Malaria in the Punjab - Number 46
Disease focus: Malaria
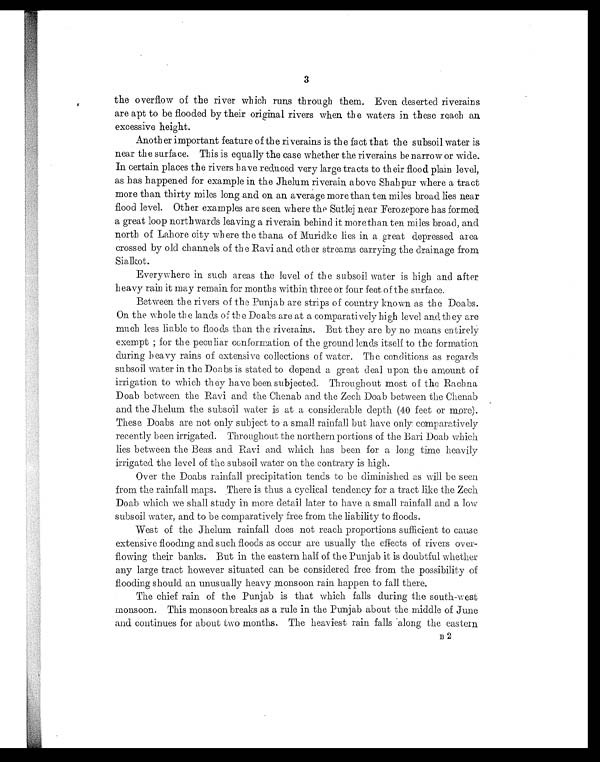
3
the overflow of the river which runs through them. Even deserted riverains
are apt to be flooded by their original rivers when the waters in these reach an
excessive height.
Another important feature of the riverains is the fact that the subsoil water is
near the surface. This is equally the case whether the riverains be narrow or wide.
In certain places the rivers have reduced very large tracts to their flood plain level,
as has happened for example in the Jhelum riverain above Shahpur where a tract
more than thirty miles long and on an average more than ten miles broad lies near
flood level. Other examples are seen where the Sutlej near Ferozepore has formed
a great loop northwards leaving a riverain behind it more than ten miles broad, and
north of Lahore city where the thana of Muridke lies in a great depressed area
crossed by old channels of the Ravi and other streams carrying the drainage from
Sialkot.
Everywhere in such areas the level of the subsoil water is high and after
heavy rain it may remain for months within three or four feet of the surface.
Between the rivers of the Punjab are strips of country known as the Doabs.
On the whole the lands of the Doabs are at a comparatively high level and they are
much less liable to floods than the riverains. But they are by no means entirely
exempt ; for the peculiar conformation of the ground lends itself to the formation
during heavy rains of extensive collections of water. The conditions as regards
subsoil water in the Doabs is stated to depend a great deal upon the amount of
irrigation to which they have been subjected. Throughout most of the Rachna
Doab between the Ravi and the Chenab and the Zech Doab between the Chenab
and the Jhelum the subsoil water is at a considerable depth (40 feet or more).
These Doabs are not only subject to a small rainfall but have only comparatively
recently been irrigated. Throughout the northern portions of the Bari Doab which
lies between the Beas and Ravi and which has been for a long time heavily
irrigated the level of the subsoil water on the contrary is high.
Over the Doabs rainfall precipitation tends to be diminished as will be seen
from the rainfall maps. There is thus a cyclical tendency for a tract like the Zech
Doab which we shall study in more detail later to have a small rainfall and a low
subsoil water, and to be comparatively free from the liability to floods.
West of the Jhelum rainfall does not reach proportions sufficient to cause
extensive flooding and such floods as occur arc usually the effects of rivers over-
flowing their banks. But in the eastern half of the Punjab it is doubtful whether
any large tract however situated can be considered free from the possibility of
flooding should an unusually heavy monsoon rain happen to fall there.
The chief rain of the Punjab is that which falls during the south-west
monsoon. This monsoon breaks as a rule in the Punjab about the middle of June
and continues for about two months. The heaviest rain falls along the eastern
B 2